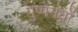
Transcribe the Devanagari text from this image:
पुष्पगंधों